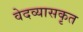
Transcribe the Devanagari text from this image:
वेदव्यासकृत